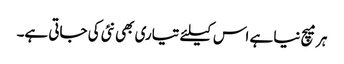
ہر میچ نیا ہے اس کیلئے تیاری بھی نئی کی جاتی ہے۔